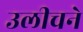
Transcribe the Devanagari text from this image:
उलीचने